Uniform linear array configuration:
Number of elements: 16
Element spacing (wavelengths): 0.25
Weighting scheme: cosine
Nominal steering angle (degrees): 0
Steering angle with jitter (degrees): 1.809
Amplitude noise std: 0.05
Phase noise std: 0.05

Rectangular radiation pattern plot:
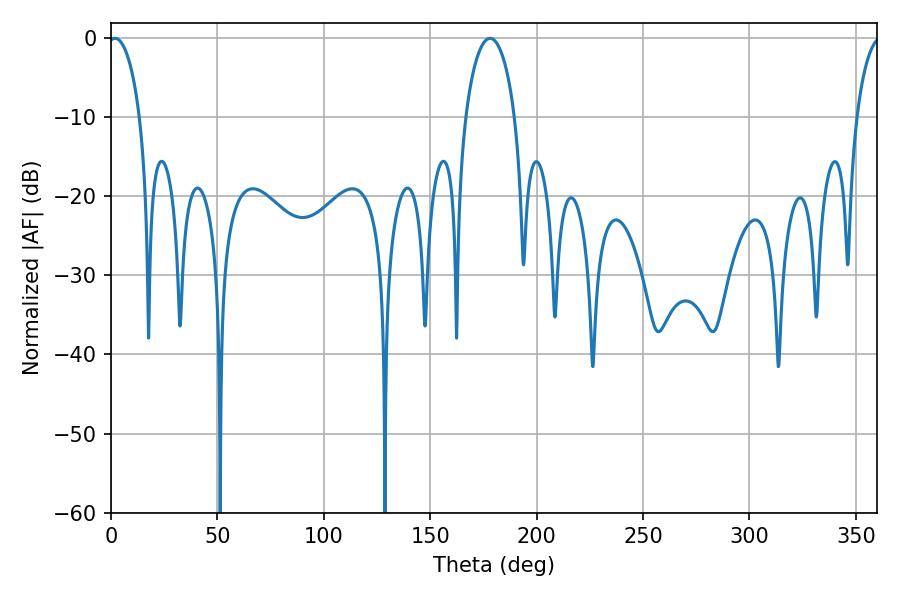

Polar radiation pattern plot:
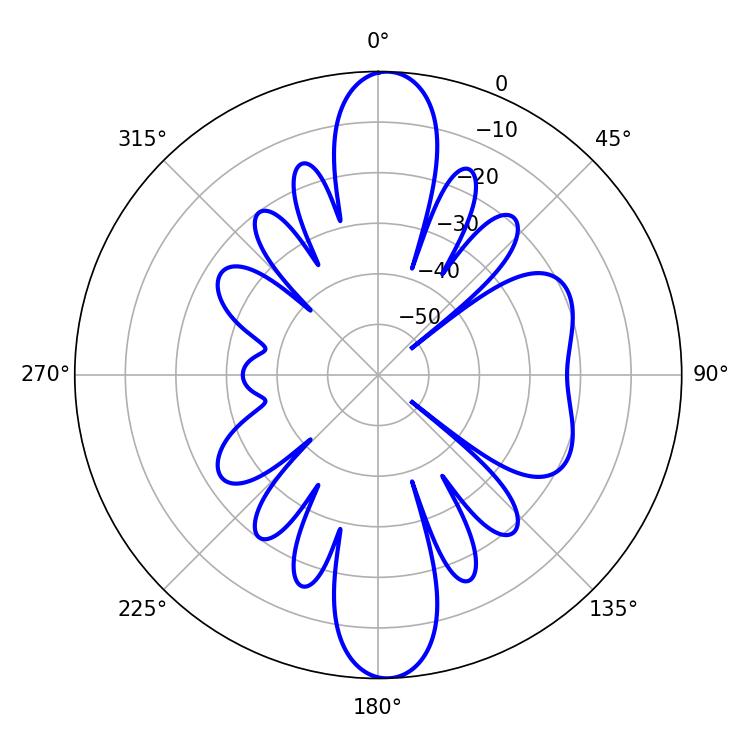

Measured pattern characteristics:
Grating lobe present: FALSE
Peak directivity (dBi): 19.06
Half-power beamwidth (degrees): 8.46
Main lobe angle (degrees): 1.8